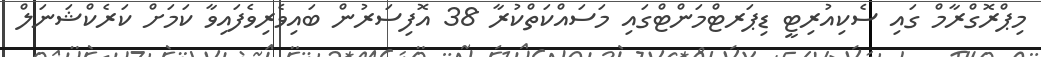
މިޕްރޮގްރާމް ގައި ސެކިއުރިޓީ ޑިޕަރޓްމަންޓްގައި މަސައްކަތްކުރާ 38 އޮފިސަރުން ބައިވެރިވެފައިވާ ކަމަށް ކަރެކްޝަނަލް